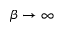
\beta \to \infty